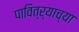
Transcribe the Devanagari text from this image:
पावित्र्याच्या